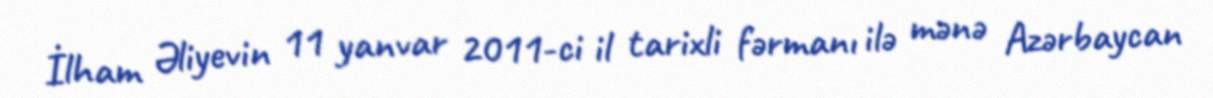
İlham Əliyevin 11 yanvar 2011-ci il tarixli fərmanı ilə mənə Azərbaycan